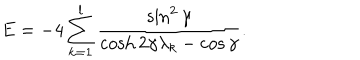
E = - 4 \sum _ { k = 1 } ^ { l } \frac { \sin ^ { 2 } \gamma } { \cosh 2 \gamma \lambda _ { k } - \cos \gamma } .